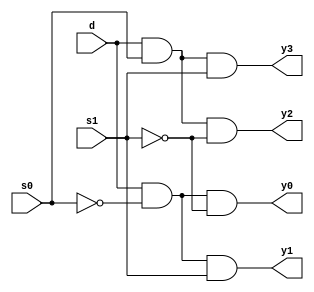
`timescale 1ns / 1ps
//////////////////////////////////////////////////////////////////////////////////
// Company: 
// Engineer: 
// 
// Design Name: 
// Module Name: demux4x1
// Project Name: 
// Target Devices: 
// Tool Versions: 
// Description: 
// 
// Dependencies: 
// 
// Revision:
// Revision 0.01 - File Created
// Additional Comments:
// 
//////////////////////////////////////////////////////////////////////////////////


module demux4x1(d,s0,s1,y0,y1,y2,y3);
input d,s0,s1;
output  y0,y1,y2,y3;
assign y0=d&(~s0)&(~s1);
assign y1=d&(~s0)&s1;
assign y2=d&s0&(~s1);
assign y3=d&s0&s1;
endmodule